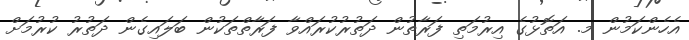
އެހެންކަމުން މ. އަތޮޅުގެ އިރުމަތި ފަރާތުން ދަތުރުކުރައްވާ ފަރާތްތަކުން ބަލައިގެން ދަތުރު ކުރުމަށް